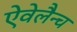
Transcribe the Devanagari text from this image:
ऐवेलैन्च